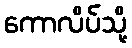
ကောလိပ်သို့